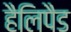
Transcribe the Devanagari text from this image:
हैलिपैड